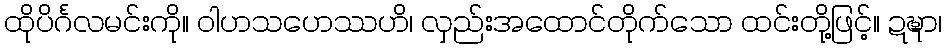
ထိုပိင်္ဂလမင်းကို။ ဝါဟသဟေဿဟိ၊ လှည်းအထောင်တိုက်သော ထင်းတို့ဖြင့်။ ဍဍ္ဎာ၊